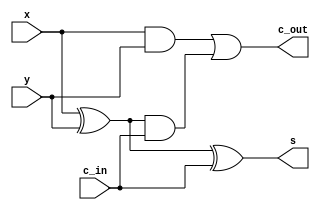
module LAB03_FULLADDER(
	x,y,c_in,s,c_out
);
	input x,y,c_in;
	output s,c_out;
	
	assign s = x^y^c_in;
	assign c_out = (x&y)||((x^y)&c_in);
endmodule